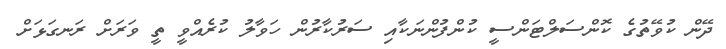
ދޭން ކުވޭތުގެ ކޮންސަލްޓަންސީ ކުންފުންނަކާއި ސަރުކާރުން ހަވާލު ކުރެއްވީ ތީ ވަރަށް ރަނގަޅަށް